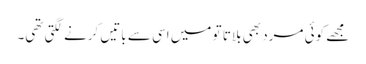
مجھے کوئی مرد بھی بلاتا تو میں اسی سے باتیں کرنے لگتی تھی۔